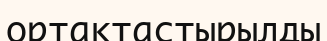
ортақтастырылды